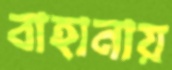
বাহানায়